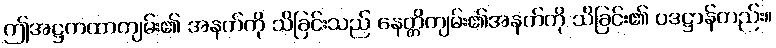
ဤအဋ္ဌကထာကျမ်း၏ အနက်ကို သိခြင်းသည် နေတ္တိကျမ်း၏အနက်ကို သိခြင်း၏ ပဒဋ္ဌာန်တည်း။